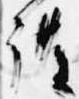
護